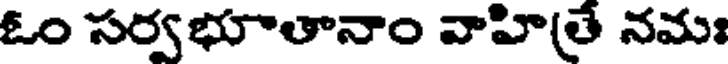
ఓం సర్వభూతానాం వాహి(తే నమః